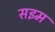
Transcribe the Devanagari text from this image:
सइम